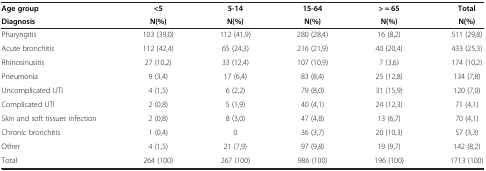
<table><thead><tr><td><b>Age group</b></td><td><b>&lt;5</b></td><td><b>5-14</b></td><td><b>15-64</b></td><td><b>&gt; = 65</b></td><td><b>Total</b></td></tr><tr><td><b>Diagnosis</b></td><td><b>N(%)</b></td><td><b>N(%)</b></td><td><b>N(%)</b></td><td><b>N(%)</b></td><td><b>N(%)</b></td></tr></thead><tbody><tr><td>Pharyngitis</td><td>103 (39,0)</td><td>112 (41,9)</td><td>280 (28,4)</td><td>16 (8,2)</td><td>511 (29,8)</td></tr><tr><td>Acute bronchitis</td><td>112 (42,4)</td><td>65 (24,3)</td><td>216 (21,9)</td><td>40 (20,4)</td><td>433 (25,3)</td></tr><tr><td>Rhinosinusitis</td><td>27 (10,2)</td><td>33 (12,4)</td><td>107 (10,9)</td><td>7 (3,6)</td><td>174 (10,2)</td></tr><tr><td>Pneumonia</td><td>9 (3,4)</td><td>17 (6,4)</td><td>83 (8,4)</td><td>25 (12,8)</td><td>134 (7,8)</td></tr><tr><td>Uncomplicated UTI</td><td>4 (1,5)</td><td>6 (2,2)</td><td>79 (8,0)</td><td>31 (15,9)</td><td>120 (7,0)</td></tr><tr><td>Complicated UTI</td><td>2 (0,8)</td><td>5 (1,9)</td><td>40 (4,1)</td><td>24 (12,3)</td><td>71 (4,1)</td></tr><tr><td>Skin and soft tissues infection</td><td>2 (0,8)</td><td>8 (3,0)</td><td>47 (4,8)</td><td>13 (6,7)</td><td>70 (4,1)</td></tr><tr><td>Chronic bronchitis</td><td>1 (0,4)</td><td>0</td><td>36 (3,7)</td><td>20 (10,3)</td><td>57 (3,3)</td></tr><tr><td>Other</td><td>4 (1,5)</td><td>21 (7,9)</td><td>97 (9,8)</td><td>19 (9,7)</td><td>142 (8,2)</td></tr><tr><td>Total</td><td>264 (100)</td><td>267 (100)</td><td>986 (100)</td><td>196 (100)</td><td>1713 (100)</td></tr></tbody></table>